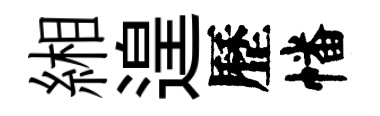
緗遑歷幡